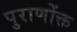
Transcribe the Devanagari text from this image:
पुराणोंक्त